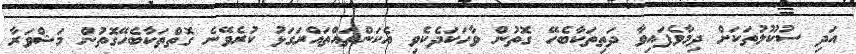
އަދި ސުކޫލުތަކަށް ދިމާވެފައިވާ ދަތިތަކާބެހޭ ގޮތުން ވާހަކަދެކެވި އެކަންތައްތައްރަގަޅު ކުރެވޭނެ ގޮތްތަކާބެހޭގޮތުން މަޝްވަރާ